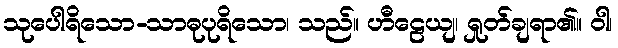
သုပေါရိသော-သာဓုပုရိသော၊ သည်။ ဟီဠေယျ၊ ရှုတ်ချရာ၏။ ဝါ၊